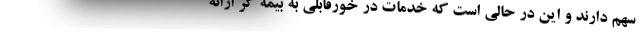
سهم دارند و این در حالی است که خدمات در خورقابلی به بیمه گر ارائه